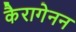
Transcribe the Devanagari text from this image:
कैरागेनन